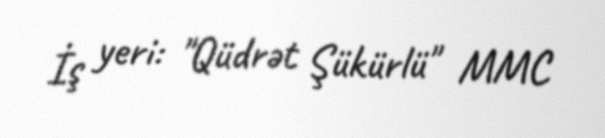
İş yeri: "Qüdrət Şükürlü" MMC